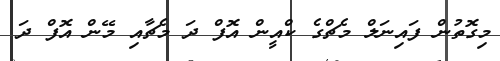
މިގޮތުން ފައިނަލް މެޗްގެ ކްއީން އޮފް ދަ މެޗާއި މޭން އޮފް ދަ